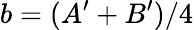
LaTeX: b=(A^{\prime}+B^{\prime})/4